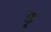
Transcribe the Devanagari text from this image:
ड्र